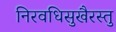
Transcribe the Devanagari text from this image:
निरवधिसुखैरस्तु